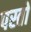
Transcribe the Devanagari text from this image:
पस्तो